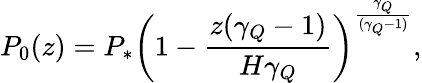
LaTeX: P_{0}(z)=P_{*}\left(1-\frac{z(\gamma_{Q}-1)}{H\gamma_{Q}}\right)^{\frac{\gamma_{Q}}{(\gamma_{Q}-1)}},